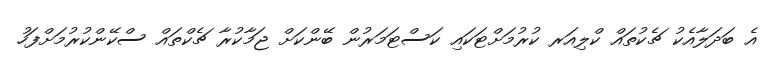
އެ ބަދަލާއެކު ޗެކުތައް ކްލިއަރ ކުރުމަށްޓަކައި ކަސްޓަމަރުން ބޭންކަށް ޖަމާކުރާ ޗެކްތައް ސްކޭންކުރުމަށްފަހު